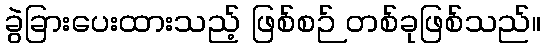
ခွဲခြားပေးထားသည့် ဖြစ်စဉ် တစ်ခုဖြစ်သည်။